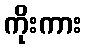
ကိုးကား